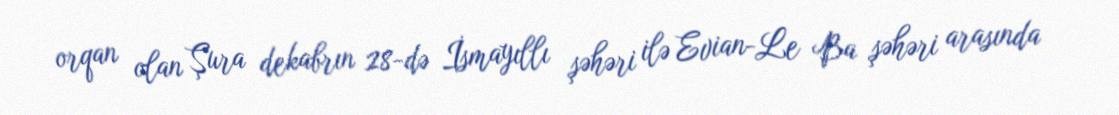
orqan olan Şura dekabrın 28-də İsmayıllı şəhəri ilə Evian-Le Ba şəhəri arasında